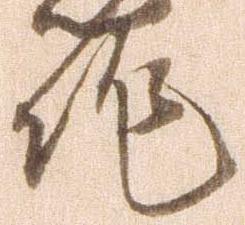
作